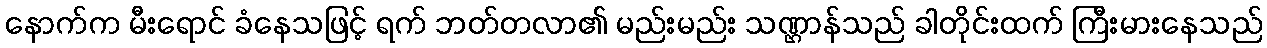
နောက်က မီးရောင် ခံနေသဖြင့် ရက် ဘတ်တလာ၏ မည်းမည်း သဏ္ဌာန်သည် ခါတိုင်းထက် ကြီးမားနေသည်